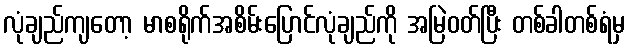
လုံချည်ကျတော့ မာစရိုက်အစိမ်းပြောင်လုံချည်ကို အမြဲဝတ်ပြီး တစ်ခါတစ်ရံမှ